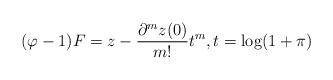
LaTeX: \begin{align*}(\varphi-1) F=z-\frac{\partial^mz(0)}{m!}t^m,t=\log (1+\pi)\end{align*}